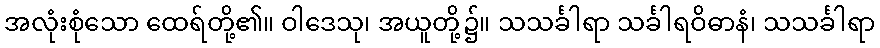
အလုံးစုံသော ထေရ်တို့၏။ ဝါဒေသု၊ အယူတို့၌။ သသင်္ခါရာ သင်္ခါရဝိဓာနံ၊ သသင်္ခါရာ